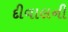
દીવાલની